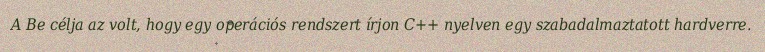
A Be célja az volt, hogy egy operációs rendszert írjon C++ nyelven egy szabadalmaztatott hardverre.